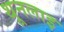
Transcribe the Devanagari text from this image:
थूनलाइ